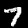
Digit: 7